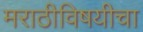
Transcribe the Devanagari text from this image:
मराठीविषयीचा